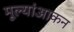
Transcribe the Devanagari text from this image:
मूल्यांआकन